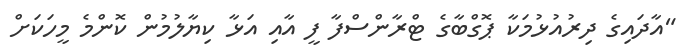
"އާދައިގެ ދިރުއުޅުމަކާ ޕޮގްބާގެ ޓްރާންސްފާ ފީ އާއި އަޅާ ކިޔާލުމުން ކޮންމެ މީހަކަށް